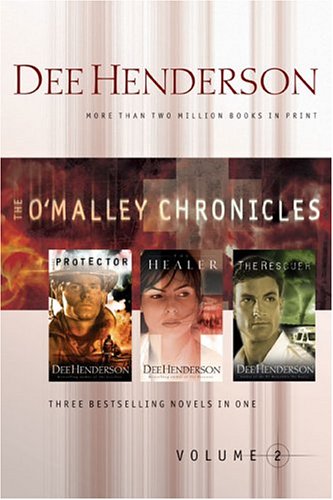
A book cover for The O'Malley Chronicles, Vol. 2 (O'Malley Series); Dee Henderson; Romance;